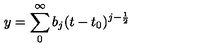
y = \sum _ { 0 } ^ { \infty } b _ { j } ( t - t _ { 0 } ) ^ { j - \frac { 1 } { 2 } }